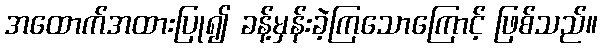
အထောက်အထားပြု၍ ခန့်မှန်းခဲ့ကြသောကြောင့် ဖြစ်သည်။